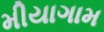
મીયાગામ